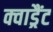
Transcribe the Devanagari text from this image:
क्वाड्रैंट